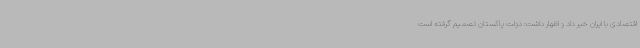
اقتصادی با ایران خبر داد و اظهار داشت: دولت پاکستان تصمیم گرفته است